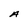
Character: A